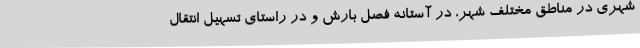
شهری در مناطق مختلف شهر، در آستانه فصل بارش و در راستای تسهیل انتقال